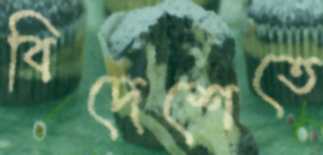
বিদেশেতে